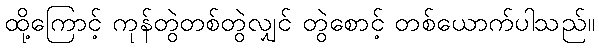
ထို့ကြောင့် ကုန်တွဲတစ်တွဲလျှင် တွဲစောင့် တစ်ယောက်ပါသည်။